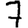
Digit: 7